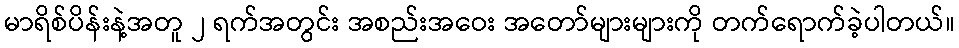
မာရိစ်ပိန်းနဲ့အတူ ၂ ရက်အတွင်း အစည်းအဝေး အတော်များများကို တက်ရောက်ခဲ့ပါတယ်။